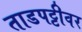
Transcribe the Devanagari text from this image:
ताडपट्टीवर